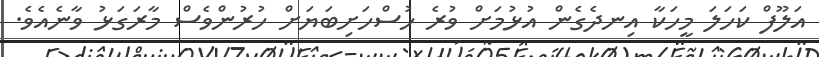
އަލޫފް ކަހަލަ މީހަކާ އިނދެގެން އުޅުމަށް ވުރެ ހުސްހަށިބަޔަށް ހުރުންވެސް މާރަގަޅު ވާނެއެވެ.